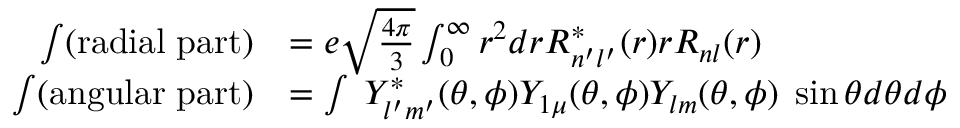
\begin{array} { r l } { \int ( \mathrm { r a d i a l \; p a r t ) } } & { = e \sqrt { \frac { 4 \pi } { 3 } } \int _ { 0 } ^ { \infty } r ^ { 2 } d r R _ { n ^ { \prime } l ^ { \prime } } ^ { * } ( r ) r R _ { n l } ( r ) } \\ { \int ( \mathrm { a n g u l a r \; p a r t ) } } & { = \int \; Y _ { l ^ { \prime } m ^ { \prime } } ^ { * } ( \theta , \phi ) Y _ { 1 \mu } ( \theta , \phi ) Y _ { l m } ( \theta , \phi ) \; \sin \theta d \theta d \phi } \end{array}